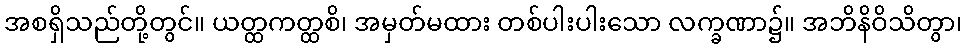
အစရှိသည်တို့တွင်။ ယတ္ထကတ္ထစိ၊ အမှတ်မထား တစ်ပါးပါးသော လက္ခဏာ၌။ အဘိနိဝိသိတွာ၊